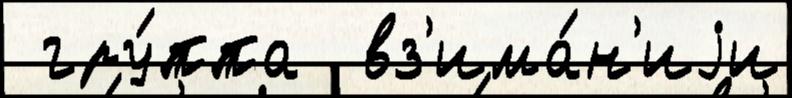
 гру́ппа  вз'има́н'иjи